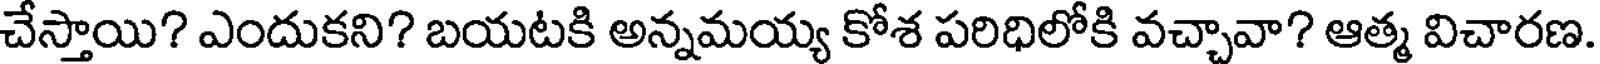
చేస్తాయి? ఎందుకని? బయటకి అన్నమయ్య కోశ పరిధిలోకి వచ్చావా? ఆత్మ విచారణ